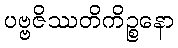
ပဗ္ဗဇိဿတိကိဉ္စနော